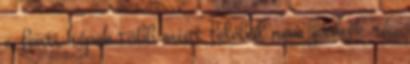
a fenti képek több mint feléből nem jönnék rá,